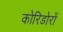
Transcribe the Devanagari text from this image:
कोरिडोरों